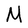
Character: N